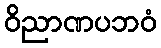
ဝိညာဏပဘဝံ